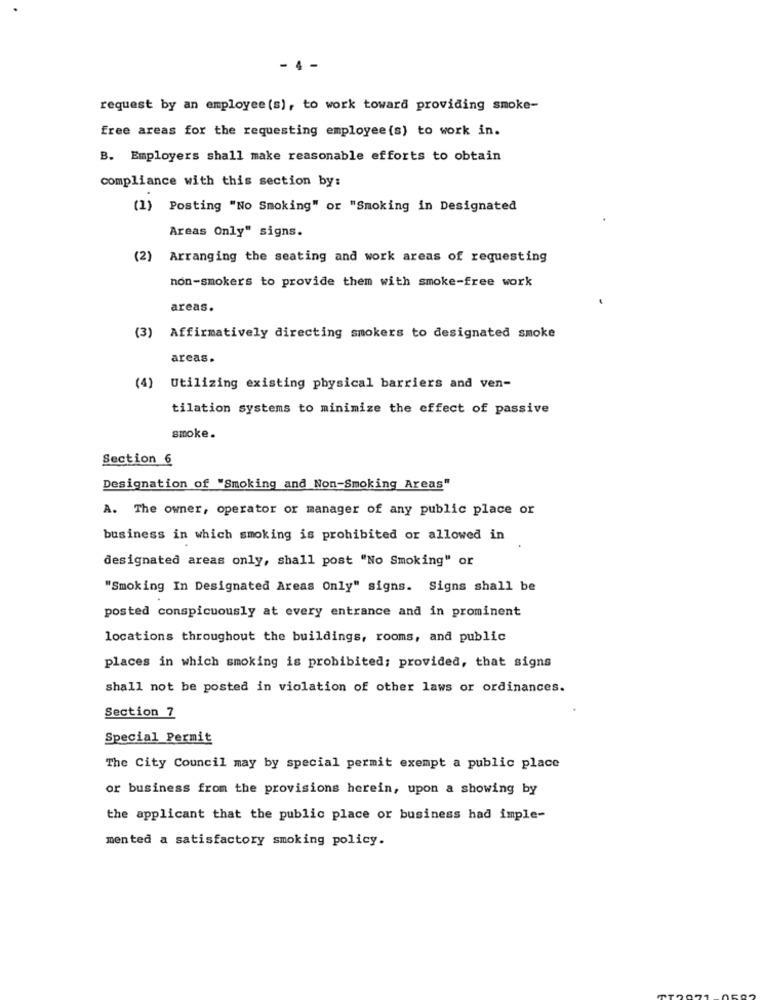
- 4 -
request by an employee (s), to work toward providing smoke-
free areas for the requesting employee (s) to work in.
B. Employers shall make reasonable efforts to obtain
compliance with this section by:
(1) Posting "No Smoking" or "Smoking in Designated
Areas Only" signs.
(2) Arranging the seating and work areas of requesting
non-smokers to provide them with smoke-free work
areas.
(3) Affirmatively directing smokers to designated smoke
arcas.
(4) Utilizing existing physical barriers and ven-
tilation systems to minimize the effect of passive
smoke.
Section 6
Designation of "Smoking and Non-Smoking Areas"
A. The owner, operator or manager of any public place or
business in which smoking is prohibited or allowed in
designated areas only, shall post "No Smoking" or
"Smoking In Designated Areas Only" signs. Signs shall be
posted conspicuously at every entrance and in prominent
locations throughout the buildings, rooms, and public
places in which smoking is prohibited; provided, that signs
shall not be posted in violation of other laws or ordinances.
Section 7
Special Permit
The City Council may by special permit exempt a public place
or business from the provisions herein, upon a showing by
the applicant that the public place or business had imple-
mented a satisfactory smoking policy.